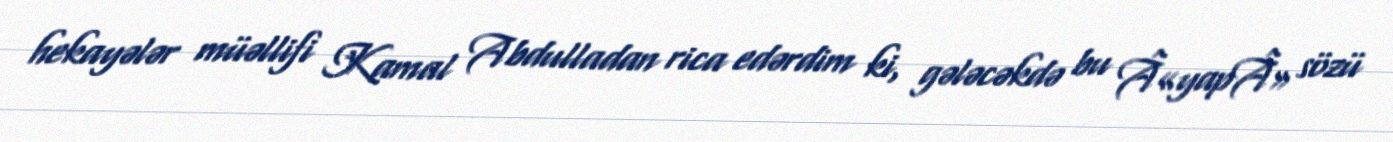
hekayələr müəllifi Kamal Abdulladan rica edərdim ki, gələcəkdə bu Â«yapÂ» sözü